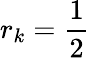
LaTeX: r_{k}={\frac{1}{2}}